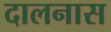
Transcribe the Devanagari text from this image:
दालनास